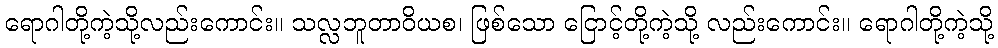
ရောဂါတို့ကဲ့သို့လည်းကောင်း။ သလ္လဘူတာဝိယစ၊ ဖြစ်သော ငြောင့်တို့ကဲ့သို့ လည်းကောင်း။ ရောဂါတို့ကဲ့သို့